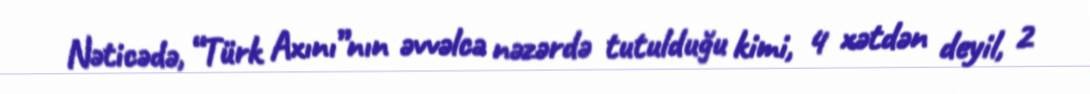
Nəticədə, “Türk Axını”nın əvvəlcə nəzərdə tutulduğu kimi, 4 xətdən deyil, 2